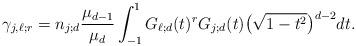
LaTeX: \begin{align*}\gamma_{j,\ell; r}=n_{j;d}\frac{\mu_{d-1}}{\mu_d}\int_{-1}^1 G_{\ell;d}(t)^r G_{j;d}(t)\big(\sqrt{1-t^2}\big)^{d-2} dt.\end{align*}